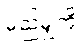
မည်မျှကို